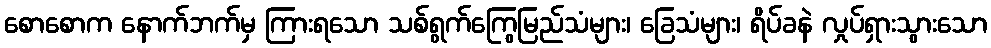
စောစောက နောက်ဘက်မှ ကြားရသော သစ်ရွက်ကြွေမြည်သံများ၊ ခြေသံများ၊ ရိပ်ခနဲ လှုပ်ရှားသွားသော